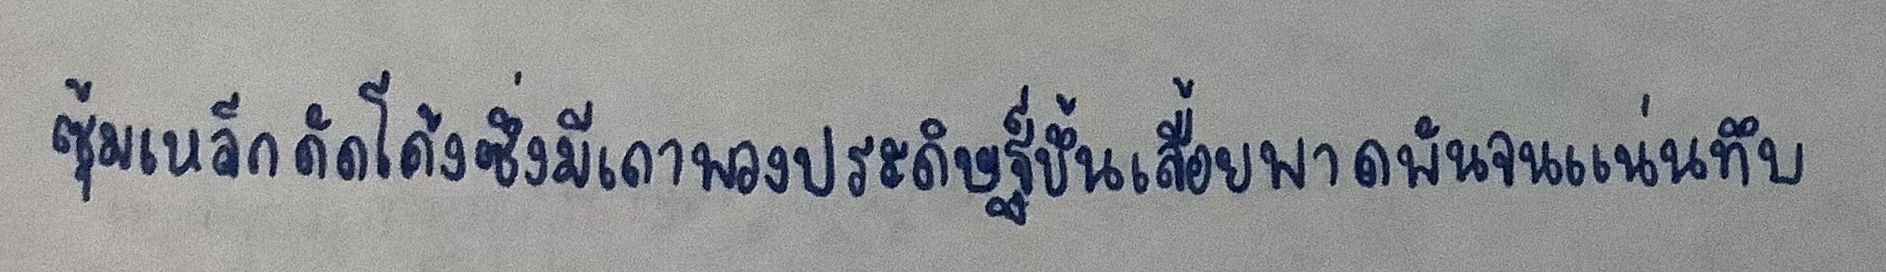
ซุ้มเหล็กดัดโค้งซึ่งมีเถาพวงประดิษฐ์ขึ้นเลื้อยพาดพันจนแน่นทึบ